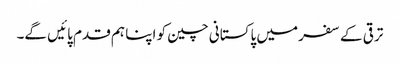
ترقی کے سفر میں پاکستانی چین کو اپنا ہم قدم پائیں گے۔